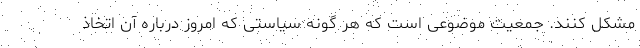
مشکل کنند. جمعیت موضوعی است که هر گونه سیاستی که امروز درباره آن اتخاذ